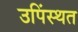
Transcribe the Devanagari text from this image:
उपिंस्थत